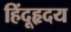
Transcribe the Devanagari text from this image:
हिंदूहृदय